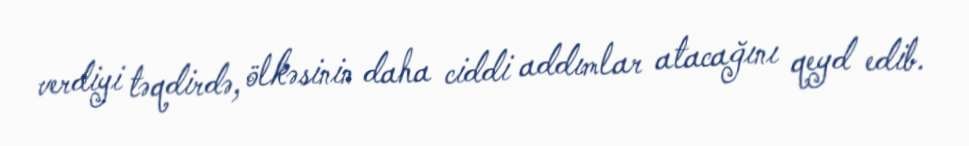
verdiyi təqdirdə, ölkəsinin daha ciddi addımlar atacağını qeyd edib.